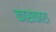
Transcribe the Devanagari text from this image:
कासकारा